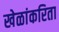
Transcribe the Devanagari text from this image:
खेळांकरिता